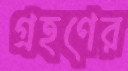
গ্রহণের